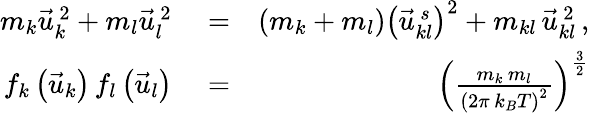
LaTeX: \begin{array}{rlr}{m_{k}\vec{u}_{k}^{\, 2}+m_{l}\vec{u}_{l}^{\, 2}}&{{}=}&{\left(m_{k}+m_{l}\right)\left(\vec{u}_{kl}^{\, s}\right)^{2}+m_{kl}\, \vec{u}_{kl}^{\, 2}\, ,}\\ {f_{k}\left(\vec{u}_{k}\right)\, f_{l}\left(\vec{u}_{l}\right)}&{{}=}&{\left(\frac{m_{k}\, m_{l}}{\left(2\pi\, k_{B}T\right)^{2}}\right)^{\frac{3}{2}}}\end{array}